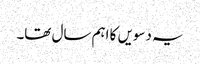
یہ دسویں کا اہم سال تھا۔